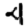
Digit: 4